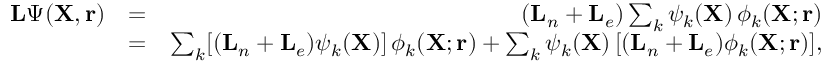
\begin{array} { r l r } { { \mathbf { L } } \Psi ( { \mathbf { X } } , { \mathbf { r } } ) } & { = } & { ( { \mathbf { L } } _ { n } + { \mathbf { L } } _ { e } ) \sum _ { k } \psi _ { k } ( { \mathbf { X } } ) \, \phi _ { k } ( { \mathbf { X } } ; { \mathbf { r } } ) } \\ & { = } & { \sum _ { k } [ ( { \mathbf { L } } _ { n } + { \mathbf { L } } _ { e } ) \psi _ { k } ( { \mathbf { X } } ) ] \, \phi _ { k } ( { \mathbf { X } } ; { \mathbf { r } } ) + \sum _ { k } \psi _ { k } ( { \mathbf { X } } ) \, [ ( { \mathbf { L } } _ { n } + { \mathbf { L } } _ { e } ) \phi _ { k } ( { \mathbf { X } } ; { \mathbf { r } } ) ] , } \end{array}